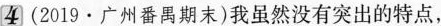
4(2019·广州番禺期末)我虽然没有突出的特点，